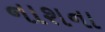
નાશના